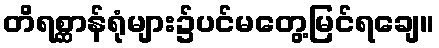
တိရစ္ဆာန်ရုံများ၌ပင်မတွေ့မြင်ရချေ။